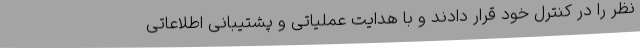
نظر را در کنترل خود قرار دادند و با هدایت عملیاتی و پشتیبانی اطلاعاتی